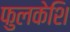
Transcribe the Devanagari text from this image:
फुलकेशि